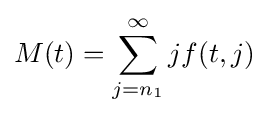
M(t)=\sum _{j=n_{1}}^{\infty }jf(t,j)